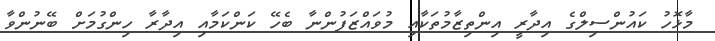
މާޅޮހު ކައުންސިލްގެ އިދާރީ އިންތިޒާމުތަކާއި މުވައްޒަފުންނާ ބެހޭ ކަންކަމާއި އިދާރާ ހިންގުމަށް ބޭނުންވާ